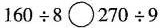
$$160\div 8\bigcirc270\div9$$